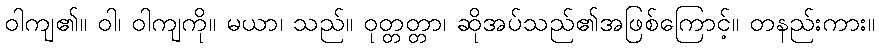
ဝါကျ၏။ ဝါ၊ ဝါကျကို။ မယာ၊ သည်။ ဝုတ္တတ္တာ၊ ဆိုအပ်သည်၏အဖြစ်ကြောင့်။ တနည်းကား။